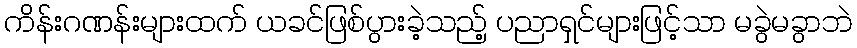
ကိန်းဂဏန်းများထက် ယခင်ဖြစ်ပွားခဲ့သည့် ပညာရှင်များဖြင့်သာ မခွဲမခွာဘဲ